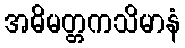
အဓိမတ္တကသိမာနံ